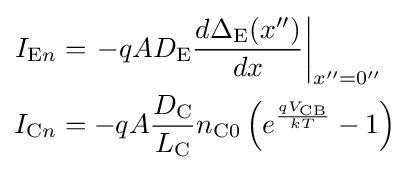
{\begin{aligned}I_{{\text{E}}n}&=\left.-qAD_{\text{E}}{\frac {d\Delta _{\text{E}}(x'')}{dx}}\right|_{x''=0''}\\I_{{\text{C}}n}&=-qA{\frac {D_{\text{C}}}{L_{\text{C}}}}n_{{\text{C}}0}\left(e^{\frac {qV_{\text{CB}}}{kT}}-1\right)\end{aligned}}